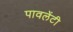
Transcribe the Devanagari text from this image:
पावलेंटी